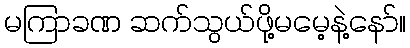
မကြာခဏ ဆက်သွယ်ဖို့မမေ့နဲ့နော်။